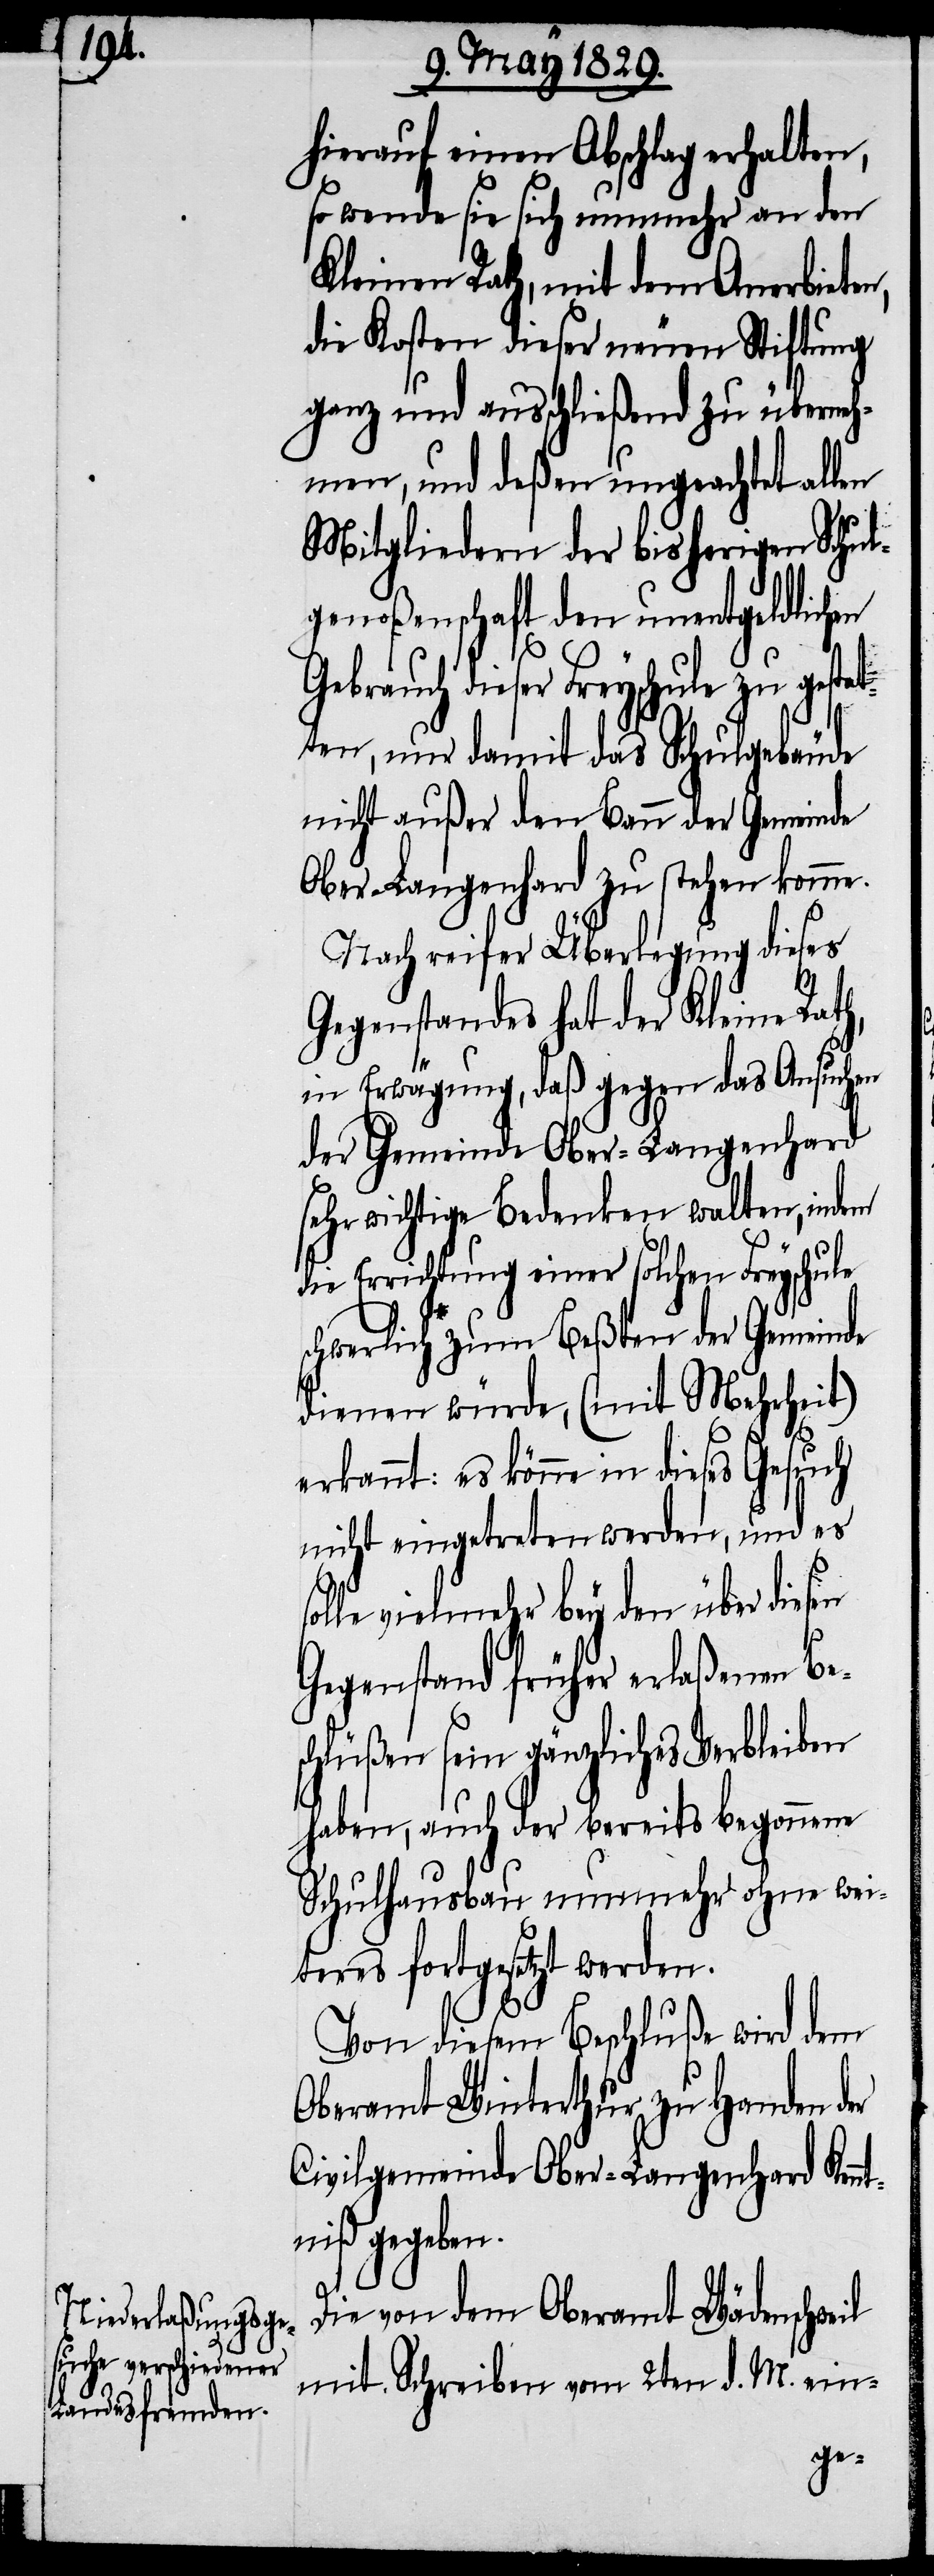
hierauf einen Abschlag erhalten,
so wende sie sich nunmehr an den
Kleinen Rath, mit dem Anerbieten,
die Kosten dieser neuen Stiftung
ganz und ausschließend zu überneh¬
men, und deßen ungeachtet allen
Mitgliedern der bisherigen Schul¬
genoßenschaft den unentgeldlichen
Gebrauch dieser Freyschule zu gestat¬
ten, nur damit das Schulgebäude
nicht außer den Bann der Gemeinde
Ober-Langenhard zu stehen komme.
Nach reifer Überlegung dieses
Gegenstandes hat der Kleine Rath,
in Erwägung, daß gegen das Ansuchen
der Gemeinde Ober-Langenhard
sehr wichtige Bedenken walten, indem
die Errichtung einer solchen Freyschule
schwerlich zum Beßten der Gemeinde
dienen würde, (mit Mehrheit)
erkannt: es könne in dieses Gesuch
nicht eingetreten werden, und es
solle vielmehr bey den über diesen
Gegenstand früher erlaßenen Be¬
schlüßen sein gänzliches Verbleiben
haben, auch der bereits begonnene
Schulhausbau nunmehr ohne wei¬
teres fortgesetzt werden.
Von diesem Beschluße wird dem
Oberamt Winterthur zu Handen der
Civilgemeinde Ober-Langenhard Kenn¬
tniß gegeben.
Die von dem Oberamt Wädenschweil
mit Schreiben vom 2ten d. M. ein-